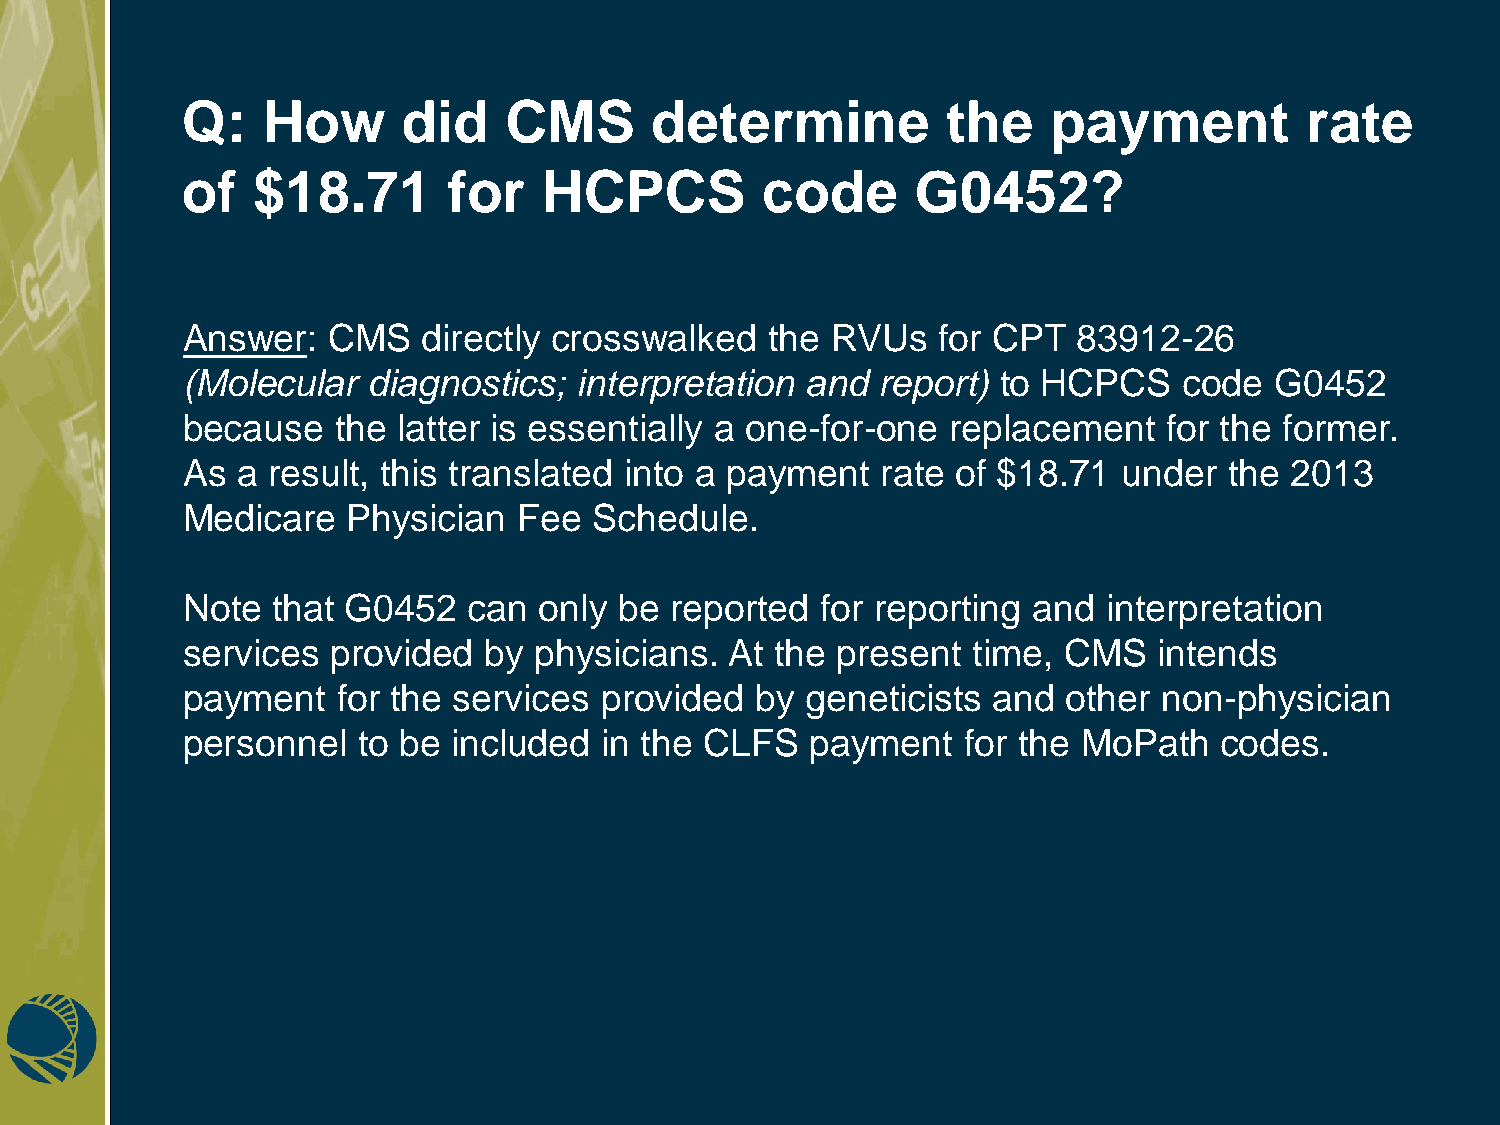
Q:   How       did   CMS       determine           the    payment         rate
 of   $18.71       for   HCPCS         code       G0452?
 Answer:   CMS   directly crosswalked   the RVUs   for CPT  83912-26
 (Molecular  diagnostics;  interpretation and  report) to HCPCS    code  G0452
 because   the latter is essentially a one-for-one  replacement   for the former.
 As  a result, this translated into a payment  rate of $18.71  under  the 2013
 Medicare   Physician  Fee  Schedule.
 Note  that G0452   can  only be reported  for reporting and  interpretation
 services  provided  by physicians.  At the present  time, CMS    intends
 payment   for the services  provided  by geneticists  and  other non-physician
 personnel   to be included  in the CLFS   payment   for the MoPath   codes.